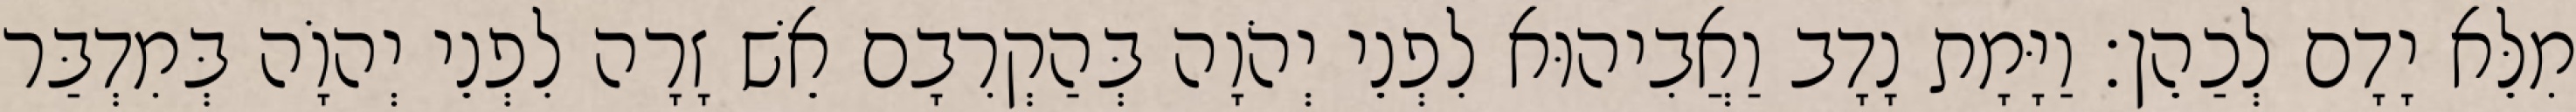
מִלֵּא יָדָם לְכַהֵן׃ וַיָּמָת נָדָב וַאֲבִיהוּא לִפְנֵי יְהֹוָה בְּהַקְרִבָם אֵשׁ זָרָה לִפְנֵי יְהוָֹה בְּמִדְבַּר